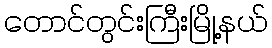
တောင်တွင်းကြီးမြို့နယ်